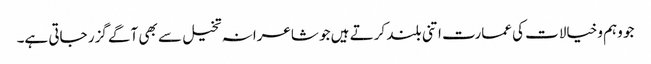
جو وہم وخیالات کی عمارت اتنی بلند کرتے ہیں جو شاعرانہ تخیل سے بھی آگے گزر جاتی ہے۔